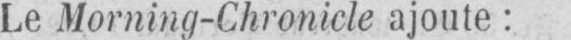
Le Morning-Chronicle ajoute: